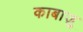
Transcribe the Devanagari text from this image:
काबाज़ु